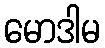
မောဒါမ